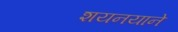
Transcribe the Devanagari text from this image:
शयनयाने